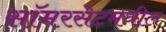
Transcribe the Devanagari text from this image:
सॉमरसेटमधील